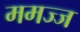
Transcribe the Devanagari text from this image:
ममज्ज